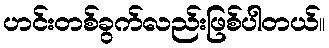
ဟင်းတစ်ခွက်လည်းဖြစ်ပါတယ်။